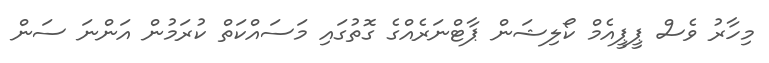
މިހާރު ވެސް ޕީޕީއެމް ކޯލިޝަން ޕާޓްނަރެއްގެ ގޮތުގައި މަސައްކަތް ކުރަމުން އަންނަ ސަން